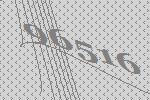
96516